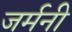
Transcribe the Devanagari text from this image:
जर्मनी